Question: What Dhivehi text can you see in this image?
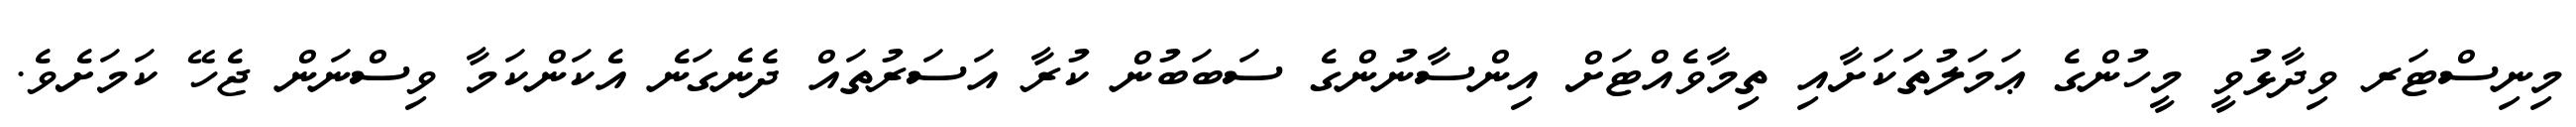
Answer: މިނިސްޓަރ ވިދާޅުވީ މީހުންގެ ޢަމަލުތަކަށާއި ތިމާވެއްޓަށް އިންސާނުންގެ ސަބަބުން ކުރާ އަސަރުތައް ދެނެގަނެ އެކަންކަމާ ވިސްނަން ޖެހޭ ކަމަށެވެ.